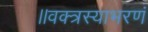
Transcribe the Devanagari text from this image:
॥वक्त्रस्याभरणं